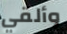
وألقي